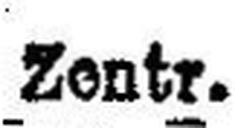
Zentr.